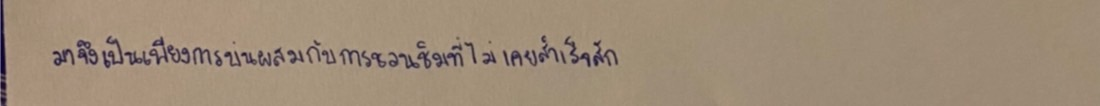
มาจึงเป็นเพียงการบ่นผสมกับการชวนชิมที่ไม่เคยสำเร็จสัก